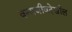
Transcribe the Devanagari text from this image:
वन्यजीवदेखील